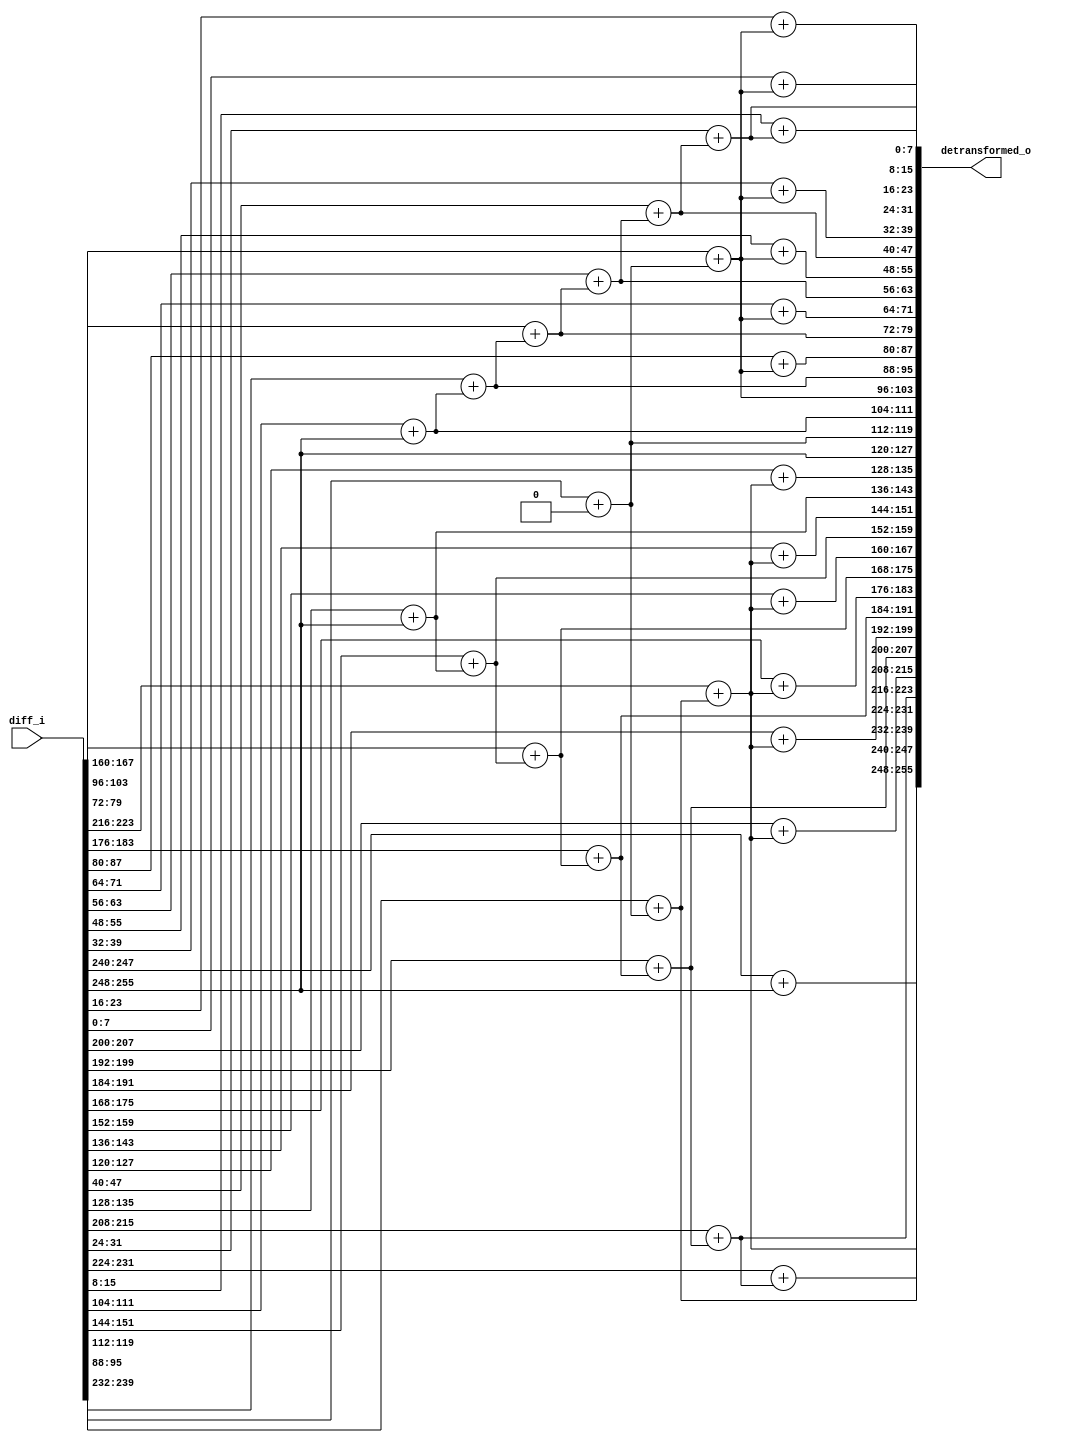
module DETRANSFORMER #(
  parameter   [0:7]     ROOT_IDX  = 8'd16,
  parameter   [0:7]     LEVEL     = 8'd7,
  parameter   [0:255]   LEN_LEVEL     = {
    8'd03, 8'd03, 8'd04, 8'd09, 8'd08, 8'd02, 8'd02, 8'd00,
    8'd00, 8'd00, 8'd00, 8'd00, 8'd00, 8'd00, 8'd00, 8'd00,
    8'd00, 8'd00, 8'd00, 8'd00, 8'd00, 8'd00, 8'd00, 8'd00,
    8'd00, 8'd00, 8'd00, 8'd00, 8'd00, 8'd00, 8'd00, 8'd00
  },
  parameter   [0:255]   LEVEL_START   = {
    8'd00, 8'd03, 8'd06, 8'd10, 8'd19, 8'd27, 8'd29, 8'd31,
    8'd00, 8'd00, 8'd00, 8'd00, 8'd00, 8'd00, 8'd00, 8'd00,
    8'd00, 8'd00, 8'd00, 8'd00, 8'd00, 8'd00, 8'd00, 8'd00,
    8'd00, 8'd00, 8'd00, 8'd00, 8'd00, 8'd00, 8'd00, 8'd00
  },
  parameter   [0:255]   TARGET_IDX    = {
    8'd00, 8'd14, 8'd18, 8'd12, 8'd17, 8'd20, 8'd01, 8'd10,
    8'd19, 8'd22, 8'd03, 8'd08, 8'd21, 8'd23, 8'd24, 8'd25,
    8'd27, 8'd29, 8'd31, 8'd05, 8'd06, 8'd07, 8'd09, 8'd11,
    8'd13, 8'd15, 8'd26, 8'd04, 8'd28, 8'd02, 8'd30, 8'd00
  },
  parameter   [0:255]   BASE_IDX      = {
    8'd16, 8'd17, 8'd04, 8'd01, 8'd06, 8'd03, 8'd08, 8'd03,
    8'd10, 8'd03, 8'd12, 8'd03, 8'd14, 8'd03, 8'd16, 8'd03,
    8'd16, 8'd00, 8'd16, 8'd17, 8'd18, 8'd19, 8'd20, 8'd19,
    8'd22, 8'd19, 8'd24, 8'd19, 8'd26, 8'd19, 8'd28, 8'd19
  },
  parameter   [0:255]   SHIFT_VAL     = {
    8'd0,  8'd0,  8'd0,  8'd0,  8'd0,  8'd0,  8'd0,  8'd0,
    8'd0,  8'd0,  8'd0,  8'd0,  8'd0,  8'd0,  8'd0,  8'd0,
    8'd0, -8'd6,  8'd0,  8'd0,  8'd0,  8'd0,  8'd0,  8'd0,
    8'd0,  8'd0,  8'd0,  8'd0,  8'd0,  8'd0,  8'd0,  8'd0
  }
)(
  input   wire  [255:0]   diff_i,

  output  wire  [255:0]   detransformed_o
);
  // synopsys template

  wire  [7:0]   detransformed   [0:31];
  

  // root permuted input re-navigate
  wire  [7:0]   diff  [0:31];
  genvar j;
  generate
    assign diff[ROOT_IDX] = diff_i[255:248];
    for (j = 0; j < 32; j = j + 1) begin : input_rename
      if (j == ROOT_IDX) begin : root_rename
        assign diff[j]  = diff_i[255:248];
      end
      else if (j < ROOT_IDX) begin : under_the_root
        localparam  [0:7]   idx   = j + 1;
        assign diff[j]  = diff_i[256-8*idx-1:256-8*(idx+1)];
      end
      else begin : over_the_root
        localparam  [0:7]   idx   = j;
        assign diff[j]  = diff_i[256-8*idx-1:256-8*(idx+1)];
      end
    end
  endgenerate
  assign detransformed[ROOT_IDX] = diff[ROOT_IDX];

  // detransform
  wire  [7:0]   pred  [0:31];
  genvar level;
  genvar i;
  generate
    for (level = 0; level < LEVEL; level = level + 1) begin : level_traverse
      localparam  [0:7]   start_idx   = LEVEL_START[8*level : 8*(level+1)-1];
      for (i = 0; i < LEN_LEVEL[8*level:8*(level+1)-1]; i = i + 1) begin : idx_traverse
        localparam          target_idx  = TARGET_IDX[8*(start_idx+i) : 8*(start_idx+i+1)-1];
        localparam          base_idx    = BASE_IDX[8*target_idx : 8*(target_idx+1)-1];
        localparam signed   shift_val   = SHIFT_VAL[8*target_idx : 8*(target_idx+1)-1];

        if (shift_val > 0) begin : pred_rs
          assign pred[target_idx] = detransformed[base_idx] << shift_val;
        end
        else if (shift_val < 0) begin : pred_ls
          assign pred[target_idx] = detransformed[base_idx] >> -shift_val;
        end
        else begin : pred_ns
          assign pred[target_idx] = detransformed[base_idx];
        end

        assign detransformed[target_idx] = diff[target_idx] + pred[target_idx];
      end
    end
  endgenerate

  genvar k;
  generate
    for (k = 0; k < 32; k = k + 1) begin : output_rename
      assign detransformed_o[256-8*k-1:256-8*(k+1)] = detransformed[k];
    end
  endgenerate
endmodule